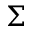
\Sigma